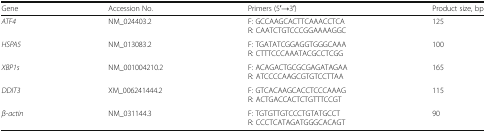
<table><thead><tr><td><b>Gene</b></td><td><b>Accession No.</b></td><td><b>Primers (5′→3′)</b></td><td><b>Product size, bp</b></td></tr></thead><tbody><tr><td><i>ATF4</i></td><td>NM_024403.2</td><td>F: GCCAAGCACTTCAAACCTCAR: CAATCTGTCCCGGAAAAGGC</td><td>125</td></tr><tr><td><i>HSPA5</i></td><td>NM_013083.2</td><td>F: TGATATCGGAGGTGGGCAAAR: CTTTCCCAAATACGCCTCGG</td><td>100</td></tr><tr><td><i>XBP1s</i></td><td>NM_001004210.2</td><td>F: ACAGACTGCGCGAGATAGAAR: ATCCCCAAGCGTGTCCTTAA</td><td>165</td></tr><tr><td><i>DDIT3</i></td><td>XM_006241444.2</td><td>F: GTCACAAGCACCTCCCAAAGR: ACTGACCACTCTGTTTCCGT</td><td>115</td></tr><tr><td><i>β-actin</i></td><td>NM_031144.3</td><td>F: TGTGTTGTCCCTGTATGCCTR: CCCTCATAGATGGGCACAGT</td><td>90</td></tr></tbody></table>